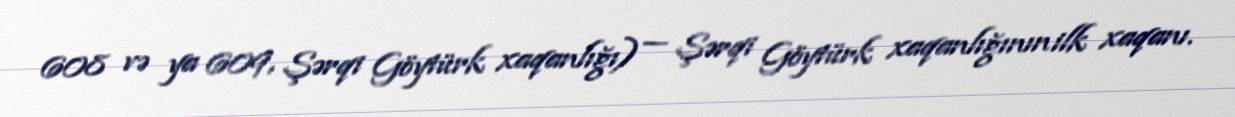
608 və ya 609, Şərqi Göytürk xaqanlığı) — Şərqi Göytürk xaqanlığının ilk xaqanı.